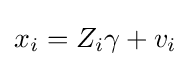
x_{i}=Z_{i}\gamma +v_{i}